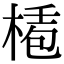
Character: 𣕅